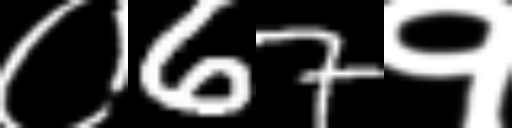
Text: ०67१